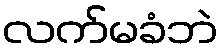
လက်မခံဘဲ